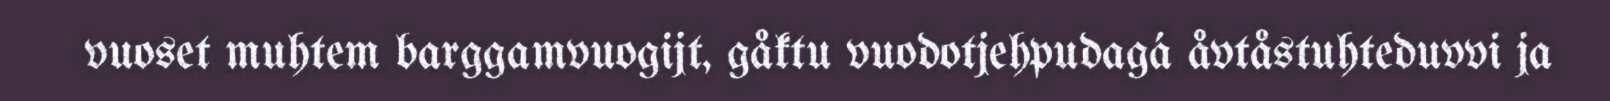
vuoset muhtem barggamvuogijt, gåktu vuodotjehpudagá åvtåstuhteduvvi ja